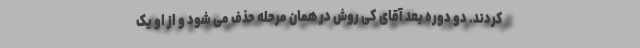
کردند. دو دوره بعد آقای کی روش در همان مرحله حذف می شود و از او یک